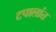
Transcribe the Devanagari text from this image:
टपालांत